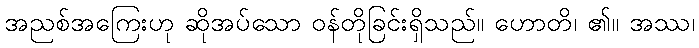
အညစ်အကြေးဟု ဆိုအပ်သော ဝန်တိုခြင်းရှိသည်။ ဟောတိ၊ ၏။ အဿ၊